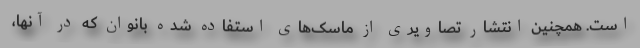
است. همچنین انتشار تصاویری از ماسک‌های استفاده شده بانوان که در آنها،